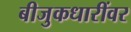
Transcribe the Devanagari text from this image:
बीजुकधारींवर